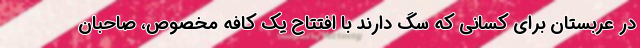
در عربستان برای کسانی که سگ دارند با افتتاح یک کافه مخصوص، صاحبان